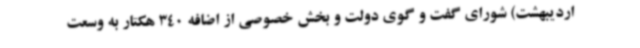
اردیبهشت) شورای گفت و گوی دولت و بخش خصوصی از اضافه 340 هکتار به وسعت